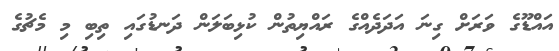
އައްޑޫގެ ވަރަށް ގިނަ އަދަދެއްގެ ރައްޔިތުން ކުޅިބަލަން ދަނޑުގައި ތިބި މި މެޗުގެ